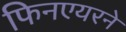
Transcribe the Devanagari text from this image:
फिनएयरने